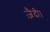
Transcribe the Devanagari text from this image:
ज़ैदी।